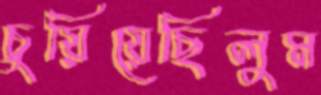
চুয়িয়েছিলুম